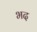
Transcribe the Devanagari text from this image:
भद